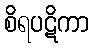
စိရပဋိကာ